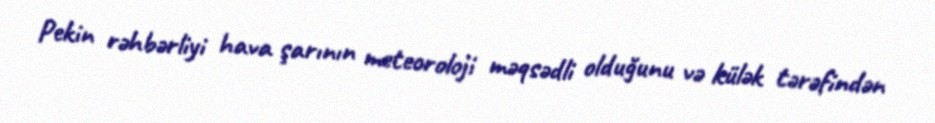
Pekin rəhbərliyi hava şarının meteoroloji məqsədli olduğunu və külək tərəfindən